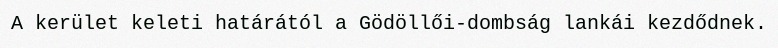
A kerület keleti határától a Gödöllői-dombság lankái kezdődnek.